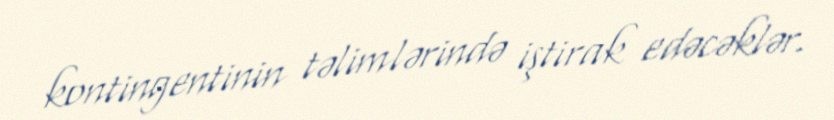
kontingentinin təlimlərində iştirak edəcəklər.